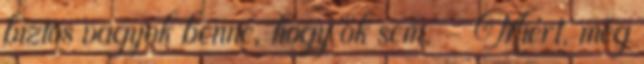
biztos vagyok benne, hogy ők sem. - Miért, még